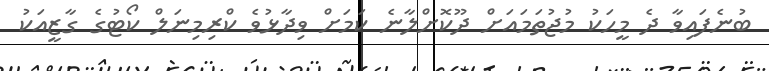
ބުނެފައިވާ ދެ މީހަކު މުޖުތަމައަށް ދޫކޮށްލާނެ ކަމަށް ވިދާޅުވެ ކްރިމިނަލް ކޯޓުގެ ގާޒީއަކު